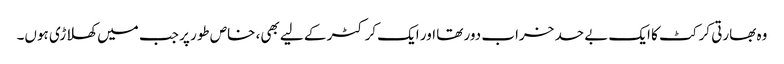
وہ بھارتی کرکٹ کا ایک بے حد خراب دور تھا اور ایک کرکٹر کے لیے بھی، خاص طور پر جب میں کھلاڑی ہوں۔